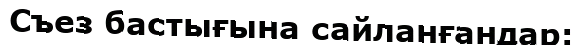
Съез бастығына сайланғандар: